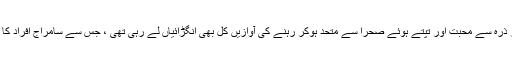
کیونکہ اس وطن کی مٹی کے ہر ذرہ سے محبت اور تپتے ہوئے صحرا سے متحد ہوکر رہنے کی آوازیں کل بھی انگڑائیاں لے رہی تھی ، جس سے سامراج افراد کا تخت و تاج تہس نہس ہوگیا تھا ۔